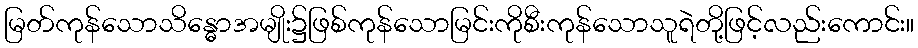
မြတ်ကုန်သောသိန္ဓောအမျိုး၌ဖြစ်ကုန်သောမြင်းကိုစီးကုန်သောသူရဲတို့ဖြင့်လည်းကောင်း။